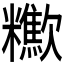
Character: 𣤹